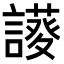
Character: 𧬝